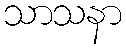
သာသနာ